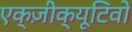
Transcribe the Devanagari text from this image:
एक्ज़ीक्यूटिवों